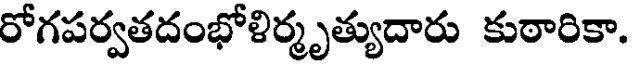
రోగపర్వతదంభోళిర్మృత్యుదారు కుఠారికా.